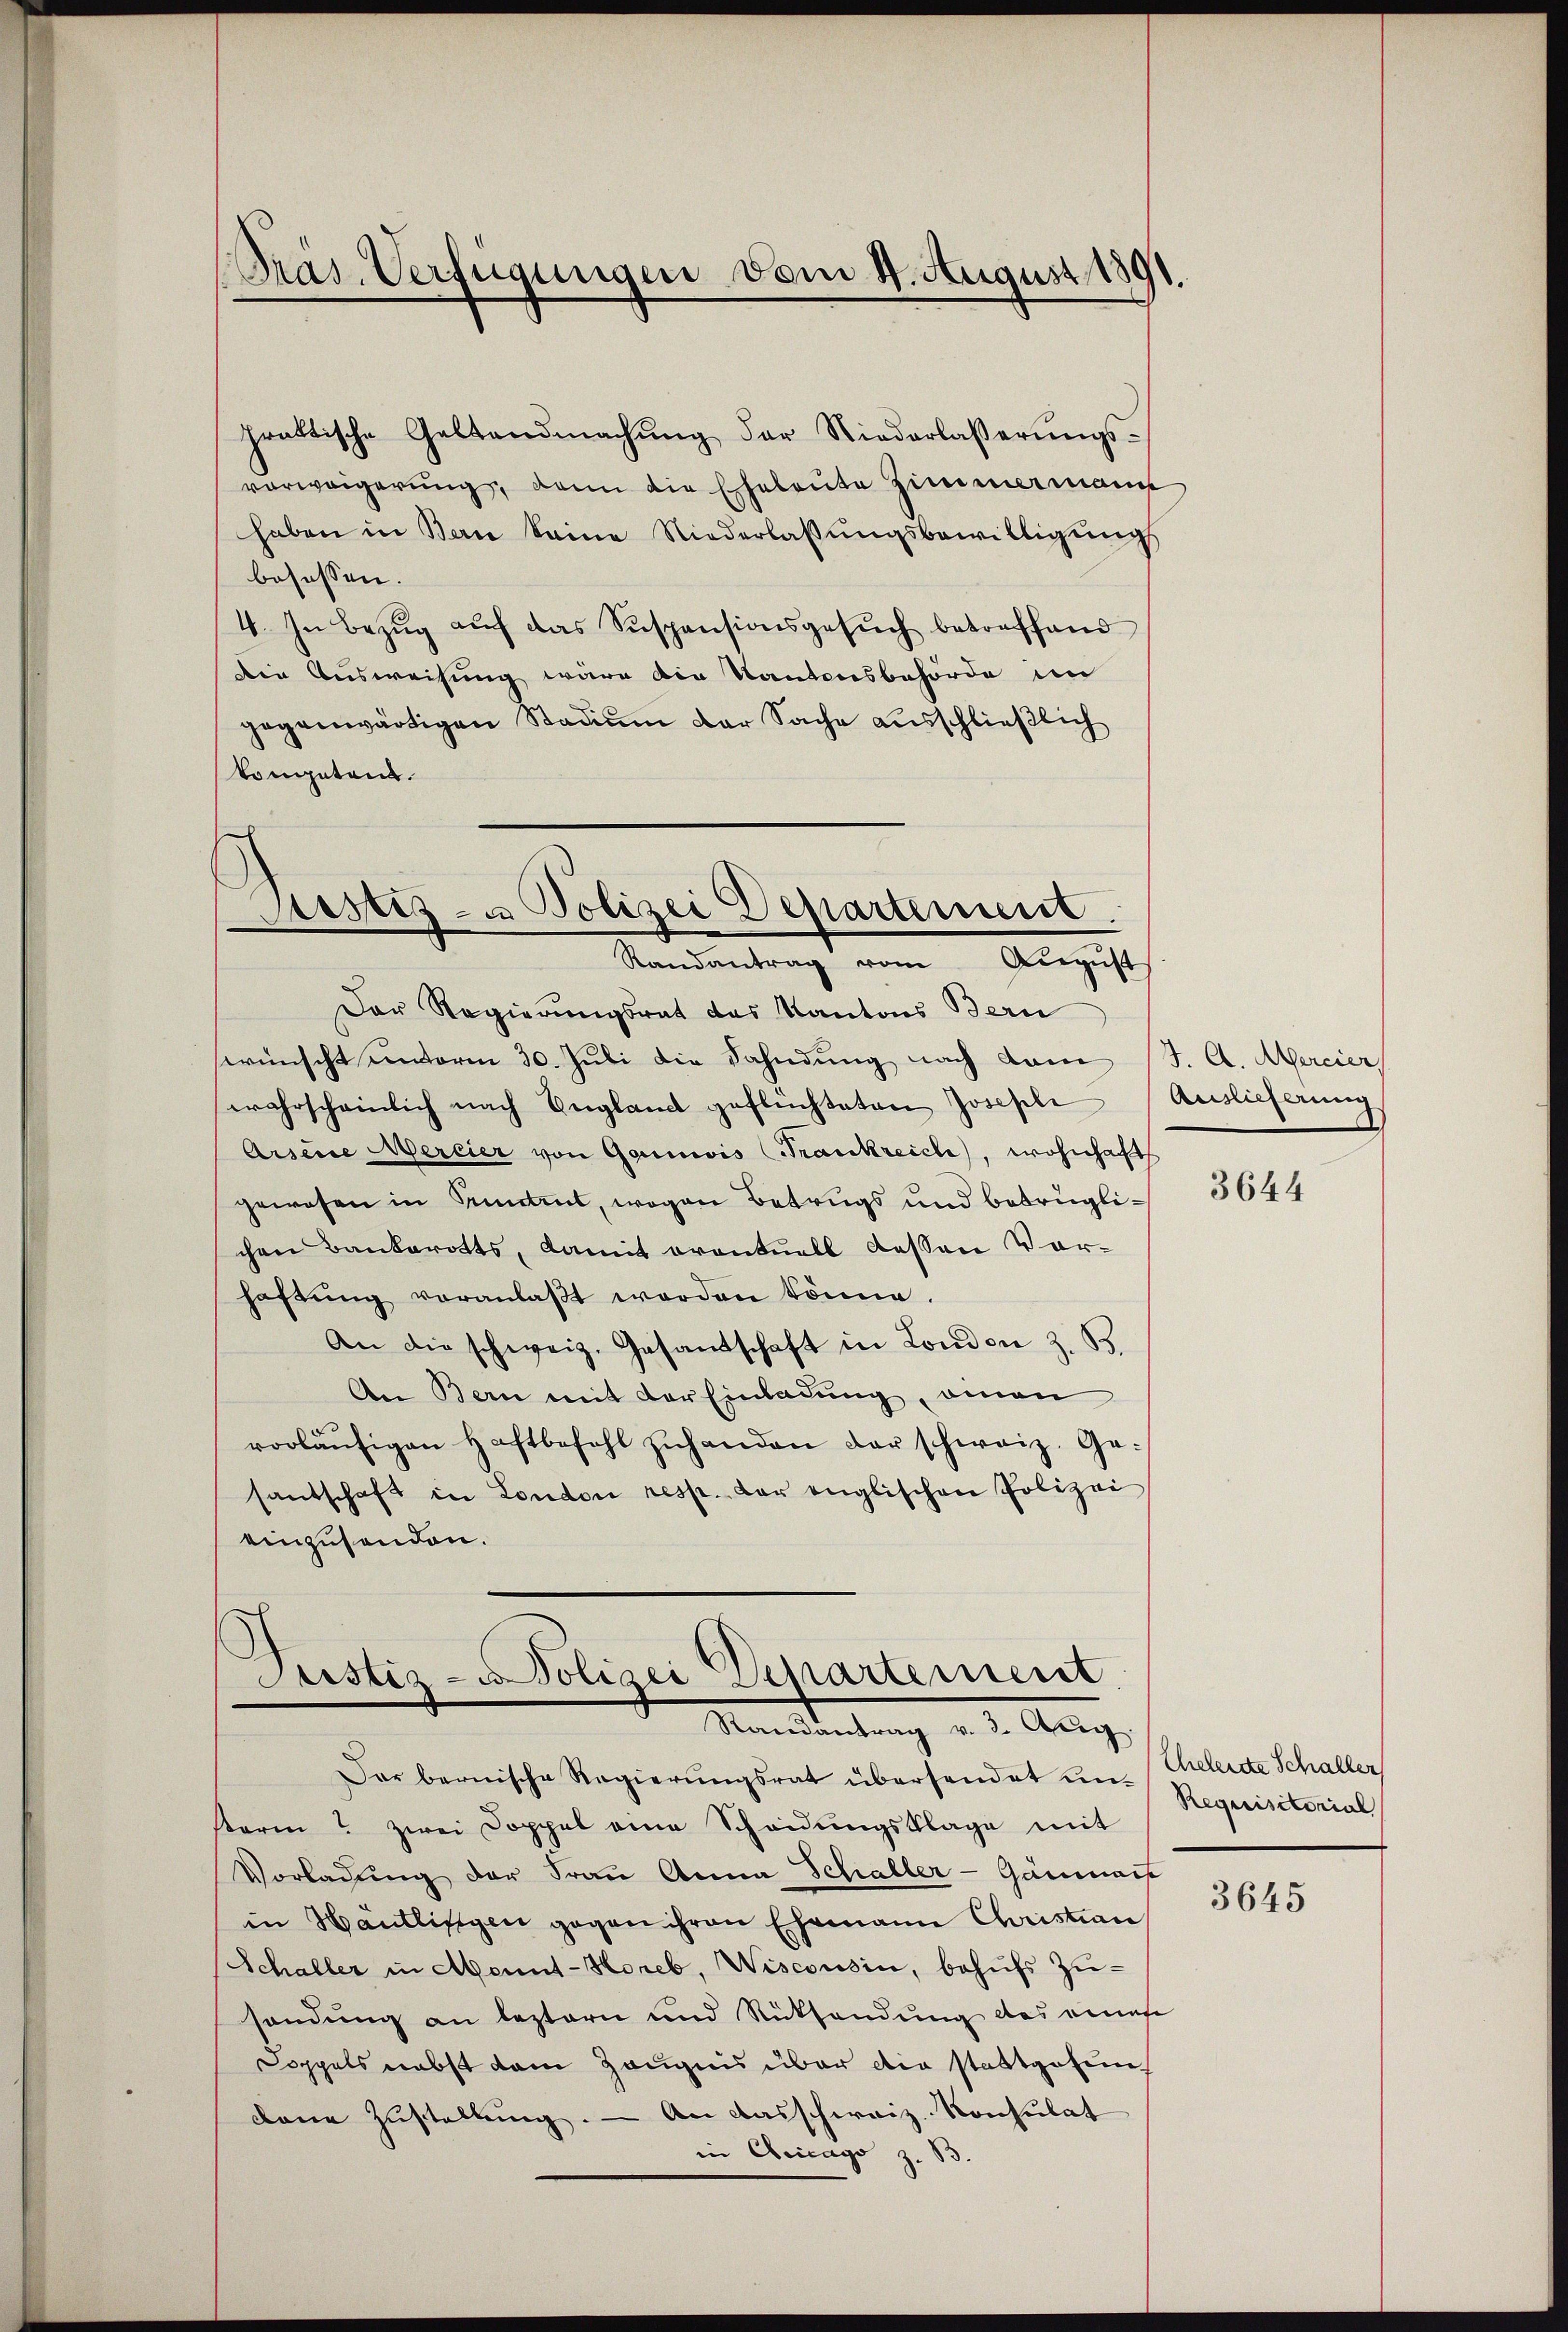
Pras. Verfügungen vom 4. August 1891

praktische Geltendmachung der Niederlasserungsvorweigerung, dann die Eheleute Zimmermann
haben in Bern keine Niederlassŭngsbewilligŭngs
besassen.
4. In Bezŭg aŭf das Suspensionsgesŭch betreffend
Die Ausweisung wäre die Kantonsbehörde im
gegenwärtigen Stadium der Sache ausschließlich
kompeten.

Justiz- u Polizei Departement.
Randantrag vom August
Der Regierungsrat das Kantons Bern

wünscht unterm 30. Juli die Fahndung nach dam
wahrscheinlich nach England geflüchteten Josepli
Arsene Mercier von Gais (Frankreich, wohnhaft
gewesen in Pruntrut, wogen Betrugs und betrüglichen Bankerotts, damit eventuell dessen Vorhaftŭng veranlaβt worden könne.
An die schweiz. Gesandschaft in London z. B.
An Bern mit der Einladung, amen
vorläŭfigen Haftbefehl zŭhanden der schweiz. Gesantschaft in London resp. der englischen Polizei
einzusenden.

Justiz- & Polizei Departement.
Randantrag v. 3. Aug.

Dar bernische Regierŭngsrat übersendet ein Requisitorial
sterin zwei Doppel eine Scheidŭngsklage mit
Vorladung der Frau Anna Schaller-Gänmasse
in Hantlisten gegen ihren Ehemann Christian
Schaller in Monnt-Horeb, Wiscousin, behufs Zu-
sendung an leztern und Rücksendung des einate
Doppels nebst dem Zeugnis über die stattgefundann Zustellung. — An ausschweiz. Konsulat
in Chicago z. B.

J. A. Mercier
Auslieferung

3644

Ehelende Schaller

3645